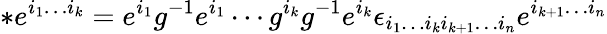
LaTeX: *e^{i_{1}\ldots i_{k}}=e^{i_{1}}g^{-1}e^{i_{1}}\cdots g^{i_{k}}g^{-1}e^{i_{k}}\epsilon_{i_{1}\ldots i_{k}i_{k+1}\ldots i_{n}}e^{i_{k+1}\ldots i_{n}}